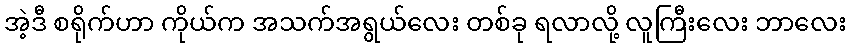
အဲ့ဒီ စရိုက်ဟာ ကိုယ်က အသက်အရွယ်လေး တစ်ခု ရလာလို့ လူကြီးလေး ဘာလေး